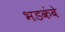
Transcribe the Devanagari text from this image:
भडकंबे